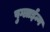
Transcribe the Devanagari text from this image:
पुग्लाईन्ग